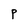
Character: P